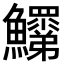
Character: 𩽞